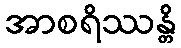
အာစရိဿန္တိ